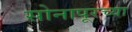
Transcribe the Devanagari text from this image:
सोनापूरच्या